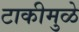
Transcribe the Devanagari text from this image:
टाकीमुळे